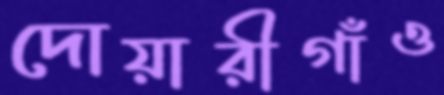
দোয়ারীগাঁও